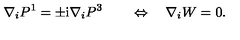
\nabla _ { i } P ^ { 1 } = \pm \mathrm { i } \nabla _ { i } P ^ { 3 } \qquad \Leftrightarrow \quad \nabla _ { i } W = 0 .